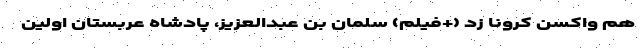
هم واکسن کرونا زد (+فیلم) سلمان بن عبدالعزیز، پادشاه عربستان اولین